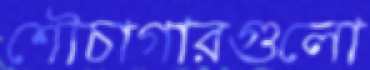
শৌচাগারগুলো